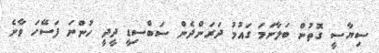
ސިޔާސީ ގޮތުން ބަލާނަމަ ގައުމު ދަރަންދެން ސަބްސިޑީ ދީދީ ހުންނަ ފަސޭހަ ވާނެ